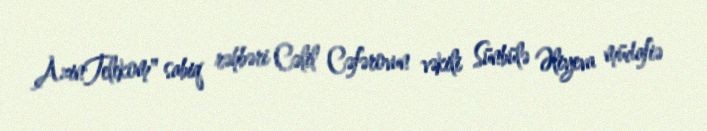
AzinTelekom" sabiq rəhbəri Cəlil Cəfərovun vəkili Sünbülə Əliyeva müdafiə